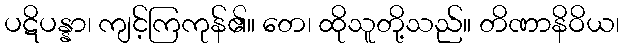
ပဋိပန္နာ၊ ကျင့်ကြကုန်၏။ တေ၊ ထိုသူတို့သည်။ တိဏာနိဝိယ၊